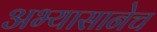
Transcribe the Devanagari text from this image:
अभ्यासानेच